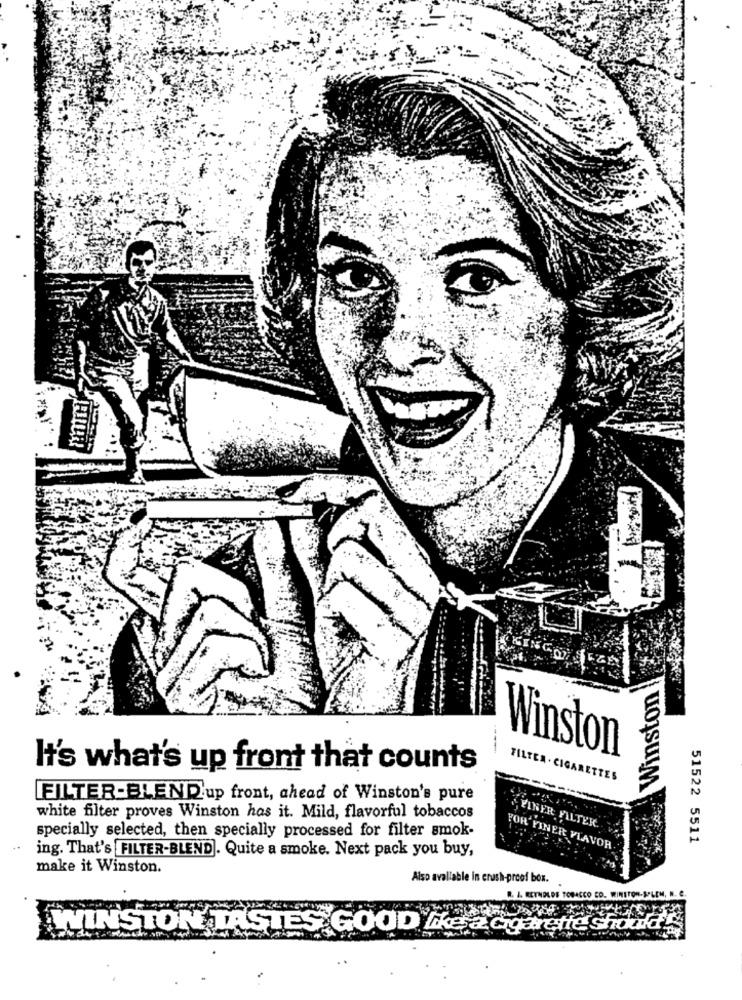
Winston
Winston
It's what's up front that counts
FILTER . CIGARETTES
FILTER-BLEND up front, ahead of Winston's pure
white filter proves Winston has it. Mild, flavorful tobaccos
specially selected, then specially processed for filter smok-
FINER FILTER
51522 5511
..
ing. That's FILTER-BLEND. Quite a smoke. Next pack you buy,
FOR FINER FLAVOR.
make it Winston.
Also available in crush-proof box.
D. I. REYNOLDS TOBACCO CD. WINSTON-SALEM, N. C.
IWINSTON TASTES GOOD Ike a Godtrette should!